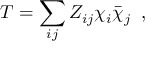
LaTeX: T = \sum _ { i j } Z _ { i j } \chi _ { i } \bar { \chi } _ { j } \; \; ,